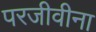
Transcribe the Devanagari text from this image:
परजीवीना